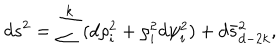
LaTeX: d s ^ { 2 } = \sum ^ { k } ( d \rho _ { i } ^ { 2 } + \rho _ { i } ^ { 2 } d \psi _ { i } ^ { 2 } ) + d \bar { s } _ { d - 2 k } ^ { 2 } ,